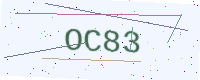
Text: OC83